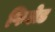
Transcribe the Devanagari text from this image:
फिलेड